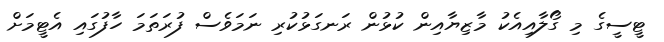
ޓީސީގެ މި ގޯލާއިއެކު މާޒިޔާއިން ކުޅުން ރަނގަޅުކުރި ނަމަވެސް ފުރަތަމަ ހާފުގައި އެޓީމަށް